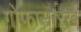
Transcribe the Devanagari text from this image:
गोफासारखे